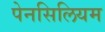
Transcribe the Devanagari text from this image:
पेनसिलियम